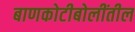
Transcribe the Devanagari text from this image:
बाणकोटीबोलींतील